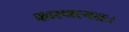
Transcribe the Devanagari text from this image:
कारणत्वतः।